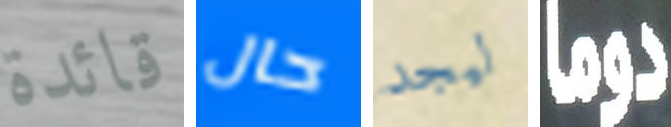
قائدة حال ليجد دوما